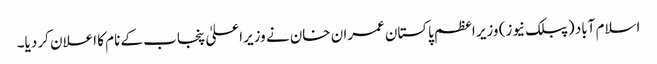
اسلام آباد (پبلک نیوز) وزیر اعظم پاکستان عمران خان نے وزیراعلیٰ پنجاب کے نام کا اعلان کر دیا۔